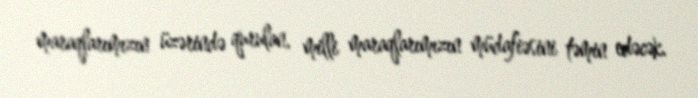
maraqlarımızın üzərində qurulan, milli maraqlarımızın müdafiəsini təmin edəcək.